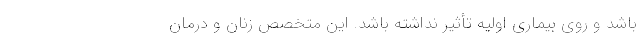
باشد و روی بیماری اولیه تأثیر نداشته باشد. این متخصص زنان و درمان